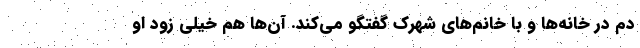
دم در خانه‌ها و با خانم‌های شهرک گفتگو می‌کند. آن‌ها هم خیلی زود او